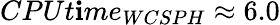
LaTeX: CPUt\mathbf{i}me_{WCSPH}\approx6.0